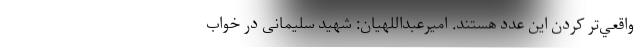
واقعي‌تر كردن اين عدد هستند. امیرعبداللهیان: شهید سلیمانی در خواب